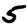
Digit: 5